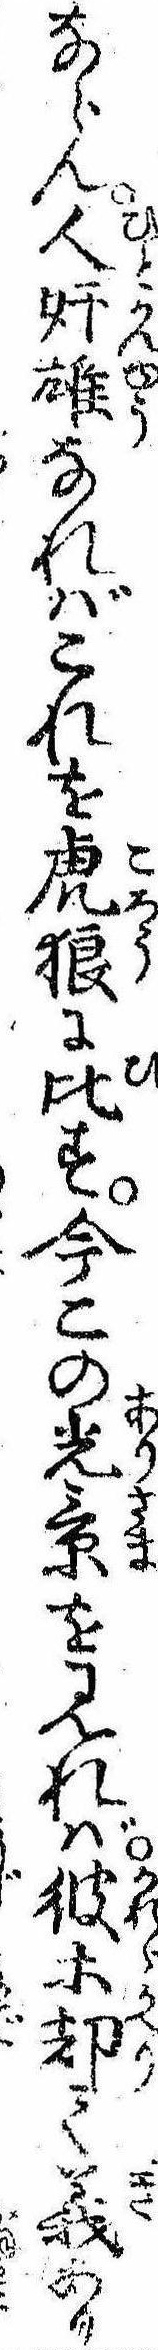
ならん人奸雄なればこれを虎狼に比す今この光景を見れば彼等却て義あり